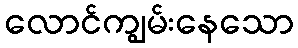
လောင်ကျွမ်းနေသော